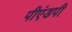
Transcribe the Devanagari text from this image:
पीएंडपी